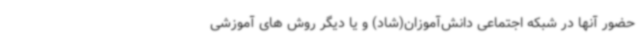
حضور آنها در شبکه اجتماعی دانش‌آموزان(شاد) و یا دیگر روش های آموزشی